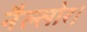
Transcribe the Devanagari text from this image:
नैल्‍लोर।